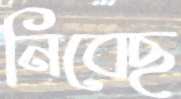
নিবেছ